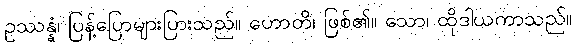
ဥဿန္နံ၊ ပြန့်ပြောများပြားသည်။ ဟောတိ၊ ဖြစ်၏။ သော၊ ထိုဒါယကာသည်။